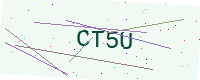
Text: CT5U